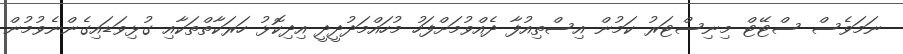
ނަމަވެސް ސްޓޭޓް މިނިސްޓަރު ކަމުން އިސްތިއުފާ ދެއްވުމަށްފަހު މުހައްމަދުދީދީ އިދިކޮޅު ހަރަކާތްތަކާއި ގުޅިވަޑައިގެންނެވުމުން